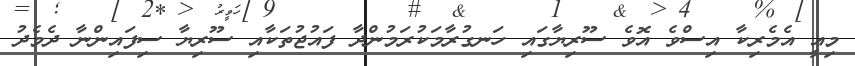
މިއީ އެމެރިކާ އިސްވެ އޮވެ ސޫރިޔާގައި ހަނގުރާމަކުރަމުންދާ ފައުޖުތަކާއި ސޫރިޔާ ސިފައިންނާ ދެމެދު